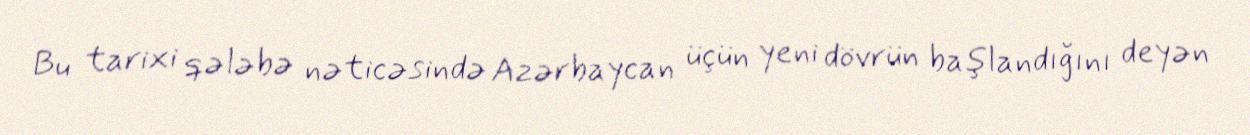
Bu tarixi qələbə nəticəsində Azərbaycan üçün yeni dövrün başlandığını deyən